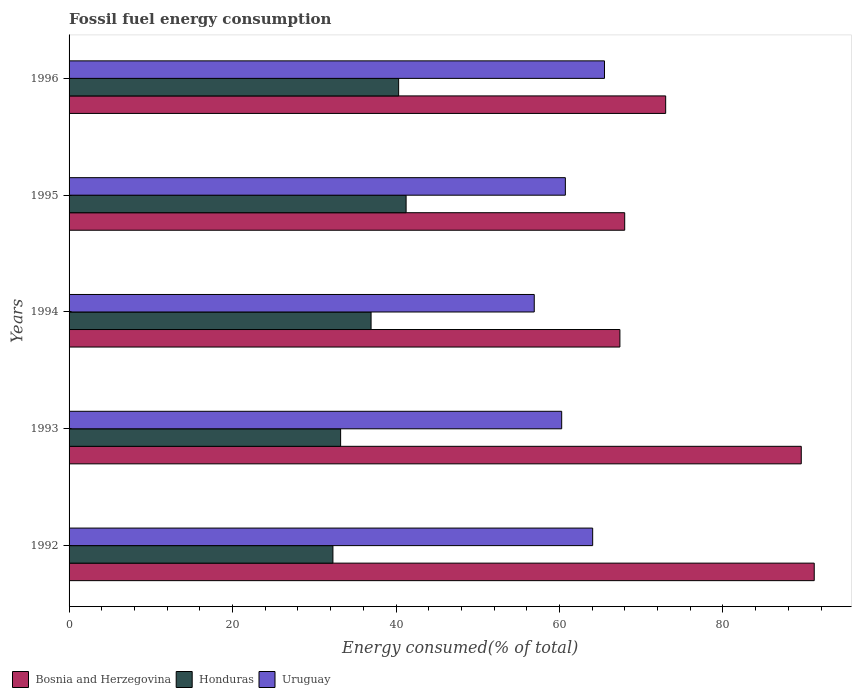
| Years | Bosnia and Herzegovina | Honduras | Uruguay |
 | --- | --- | --- | --- |
 | 1992 | 91.2 | 32.3 | 64.1 |
 | 1993 | 89.6 | 33.2 | 60.3 |
 | 1994 | 67.4 | 37 | 56.9 |
 | 1995 | 68 | 41.2 | 60.7 |
 | 1996 | 73 | 40.3 | 65.5 |